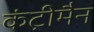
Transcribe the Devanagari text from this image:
कंट्रीमैन